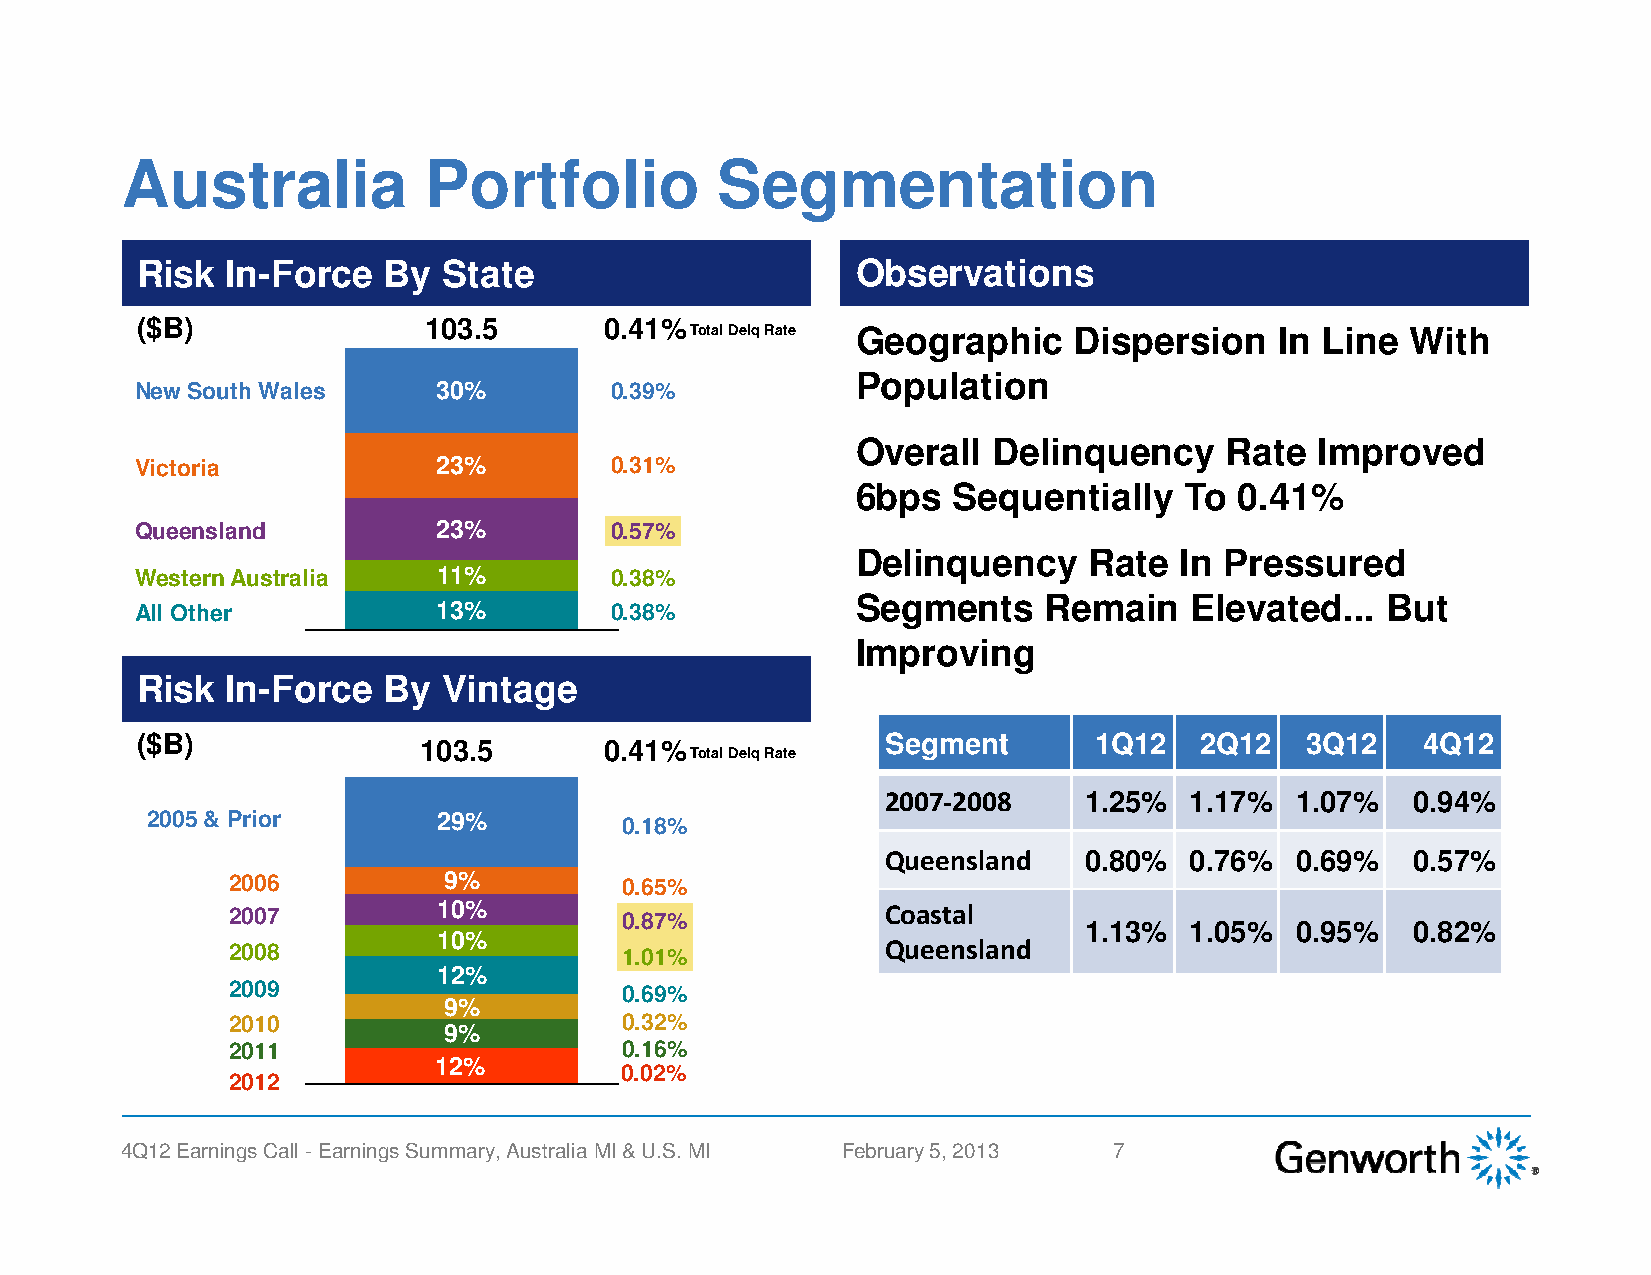
Australia           Portfolio          Segmentation
 Risk  In-Force  By  State                       Observations
 ($B)               103.5       0.41%
 Total DelqRate Geographic Dispersion   In Line With
 Population
 New South Wales     30%        0.39%
 Overall  Delinquency    Rate  Improved
 Victoria            23%        0.31%
 6bps  Sequentially   To  0.41%
 Queensland          23%        0.57%
 Delinquency    Rate  In Pressured
 Western Australia   11%        0.38%
 Segments    Remain    Elevated...  But
 All Other           13%        0.38%
 IImmpprroovviinngg
 Risk  In-Force  By  Vintage
 ($B)                                              Segment      1Q12   2Q12   3Q12    4Q12
 103.5       0.41%
 Total DelqRate
 2007-2008    1.25%  1.17%  1.07%  0.94%
 2005 & Prior       29%         0.18%
 Queensland   0.80%  0.76%  0.69%  0.57%
 2006          9%          0.65%
 2007          10%         0.87%             Coastal
 1.13%  1.05%  0.95%  0.82%
 10%                           Queensland
 2008                      1.01%
 12%
 2009                      0.69%
 9%
 2010                      0.32%
 9%
 2011                      0.16%
 12%
 0.02%
 2012
 4Q12 Earnings Call -Earnings Summary, Australia MI & U.S. MI February 5, 2013 7